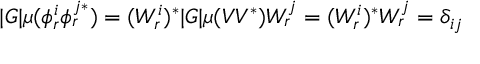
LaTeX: | G | \mu ( \phi _ { r } ^ { i } \phi _ { r } ^ { j * } ) = ( W _ { r } ^ { i } ) ^ { * } | G | \mu ( V V ^ { * } ) W _ { r } ^ { j } = ( W _ { r } ^ { i } ) ^ { * } W _ { r } ^ { j } = \delta _ { i j }